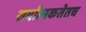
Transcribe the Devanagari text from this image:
सर्वात्मकतेतच